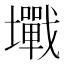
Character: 𡓥